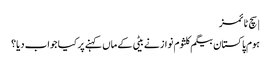
| سچ ٹائمز
ہوم پاکستان بیگم کلثوم نواز نے بیٹی کے ماں کہنے پر کیا جواب دیا؟